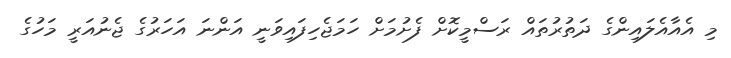
މި އެއާއެލައިންގެ ދަތުރުތައް ރަސްމީކޮށް ފެށުމަށް ހަމަޖެހިފައިވަނީ އަންނަ އަހަރުގެ ޖެނުއަރީ މަހުގެ